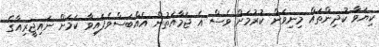
ކިޔަވާ ކުދިންތައް މިނިވަން ކުރުމަށް ވެސް އެ ޖަމާއަތުން އެއްބަސްވެފައިވާ ކަމަށް ނައިޖީރިއާގެ